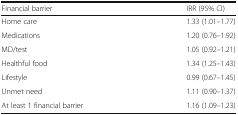
| Financial barrier | IRR (95% CI) |
 | --- | --- |
 | Home care | 1.33 (1.01–1.77) |
 | Medications | 1.20 (0.76–1.92) |
 | MD/test | 1.05 (0.92–1.21) |
 | Healthful food | 1.34 (1.25–1.43) |
 | Lifestyle | 0.99 (0.67–1.45) |
 | Unmet need | 1.11 (0.90–1.37) |
 | At least 1 financial barrier | 1.16 (1.09–1.23) |